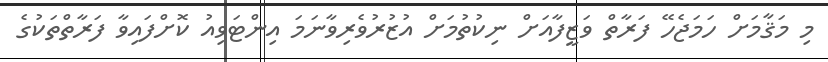
މި މަޤާމަށް ހަމަޖެހޭ ފަރާތް ވަޒީފާއަށް ނިކުތުމަށް އުޒުރުވެރިވާނަމަ އިންޓަވިއު ކޮށްފައިވާ ފަރާތްތަކުގެ